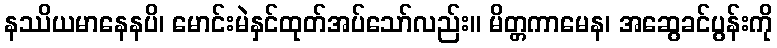
နဿိယမာနေနပိ၊ မောင်းမဲနှင်ထုတ်အပ်သော်လည်း။ မိတ္တကာမေန၊ အဆွေခင်ပွန်းကို